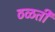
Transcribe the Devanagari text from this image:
ठळती